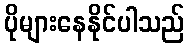
ပိုများနေနိုင်ပါသည်